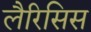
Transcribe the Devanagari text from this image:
लैरिसिस